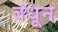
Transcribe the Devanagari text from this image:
बंधून